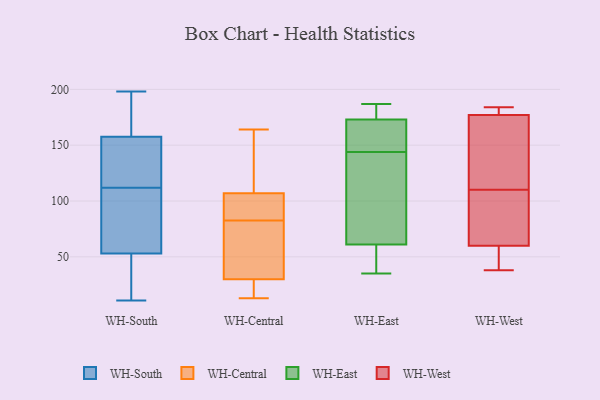
{"axis": {"x": "Population (Million)", "y": "Value"}, "legend": ["WH-Central", "WH-East", "WH-South", "WH-West"], "data": [{"x": "", "y": 112, "type": "WH-South"}, {"x": "", "y": 27, "type": "WH-South"}, {"x": "", "y": 198, "type": "WH-South"}, {"x": "", "y": 126, "type": "WH-South"}, {"x": "", "y": 11, "type": "WH-South"}, {"x": "", "y": 195, "type": "WH-South"}, {"x": "", "y": 150, "type": "WH-South"}, {"x": "", "y": 29, "type": "WH-South"}, {"x": "", "y": 61, "type": "WH-South"}, {"x": "", "y": 95, "type": "WH-South"}, {"x": "", "y": 180, "type": "WH-South"}, {"x": "", "y": 122, "type": "WH-South"}, {"x": "", "y": 71, "type": "WH-South"}, {"x": "", "y": 15, "type": "WH-Central"}, {"x": "", "y": 107, "type": "WH-Central"}, {"x": "", "y": 160, "type": "WH-Central"}, {"x": "", "y": 30, "type": "WH-Central"}, {"x": "", "y": 103, "type": "WH-Central"}, {"x": "", "y": 67, "type": "WH-Central"}, {"x": "", "y": 13, "type": "WH-Central"}, {"x": "", "y": 164, "type": "WH-Central"}, {"x": "", "y": 45, "type": "WH-Central"}, {"x": "", "y": 98, "type": "WH-Central"}, {"x": "", "y": 160, "type": "WH-East"}, {"x": "", "y": 187, "type": "WH-East"}, {"x": "", "y": 35, "type": "WH-East"}, {"x": "", "y": 37, "type": "WH-East"}, {"x": "", "y": 144, "type": "WH-East"}, {"x": "", "y": 186, "type": "WH-East"}, {"x": "", "y": 65, "type": "WH-East"}, {"x": "", "y": 146, "type": "WH-East"}, {"x": "", "y": 57, "type": "WH-East"}, {"x": "", "y": 144, "type": "WH-East"}, {"x": "", "y": 186, "type": "WH-East"}, {"x": "", "y": 115, "type": "WH-East"}, {"x": "", "y": 177, "type": "WH-West"}, {"x": "", "y": 165, "type": "WH-West"}, {"x": "", "y": 80, "type": "WH-West"}, {"x": "", "y": 184, "type": "WH-West"}, {"x": "", "y": 119, "type": "WH-West"}, {"x": "", "y": 48, "type": "WH-West"}, {"x": "", "y": 60, "type": "WH-West"}, {"x": "", "y": 101, "type": "WH-West"}, {"x": "", "y": 38, "type": "WH-West"}, {"x": "", "y": 182, "type": "WH-West"}]}